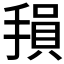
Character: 𫽭